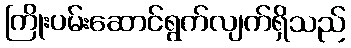
ကြိုးပမ်းဆောင်ရွက်လျက်ရှိသည်